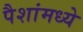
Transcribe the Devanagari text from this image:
पैशांमध्ये